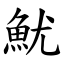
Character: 魷